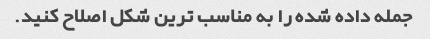
جمله داده شده را به مناسب ترین شکل اصلاح کنید.